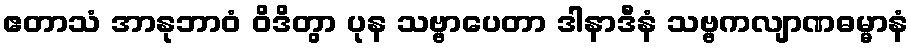
ဧတာသံ အာနုဘာဝံ ဝိဒိတွာ ပုန သဗ္ဗာပေတာ ဒါနာဒီနံ သဗ္ဗကလျာဏဓမ္မာနံ